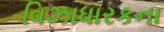
વિઝાધારકના